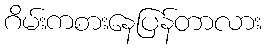
ဂိမ်းကစားနေပြန်တာလား